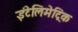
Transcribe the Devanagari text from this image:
इंटेलिमेट्रिक